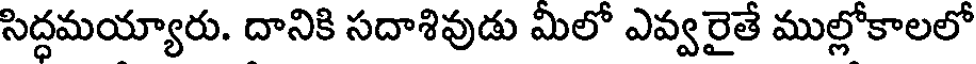
సిద్ధమయ్యారు. దానికి సదాశివుడు మీలో ఎవ్వరైతే ముల్లోకాలలో